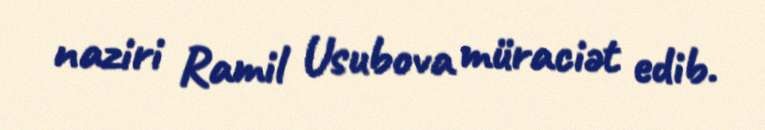
naziri Ramil Usubova müraciət edib.